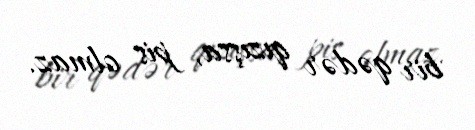
bir qədər qızışsa, pis olmaz.